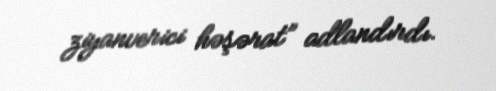
ziyanverici həşərat” adlandırdı.